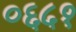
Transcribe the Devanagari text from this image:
०६५१